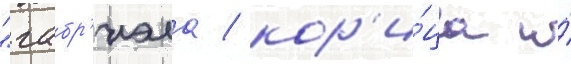
"габр'иэла / кор'и́ца и́